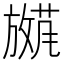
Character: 𫿕